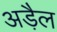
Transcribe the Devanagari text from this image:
अड़ैल